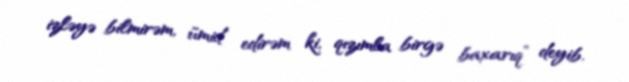
izləyə bilmirəm, ümid edirəm ki, qızımla birgə baxarıq” deyib.